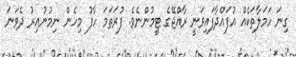
ގިނަ ހަމަލާތަކެއް އުފައްދާފައިވަނީ ރާއްޖޭގެ ޓީމުންނެވެ. ފުރަތަމަ ހާފު މިހެން ނިމުނުއިރު ދެވަނަ